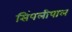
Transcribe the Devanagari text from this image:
सिंपलीपाल